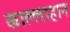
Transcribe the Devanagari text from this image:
काल्लाहान